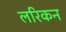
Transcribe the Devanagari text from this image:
लरिकन